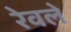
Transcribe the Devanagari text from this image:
रेवले